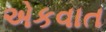
એકવાત